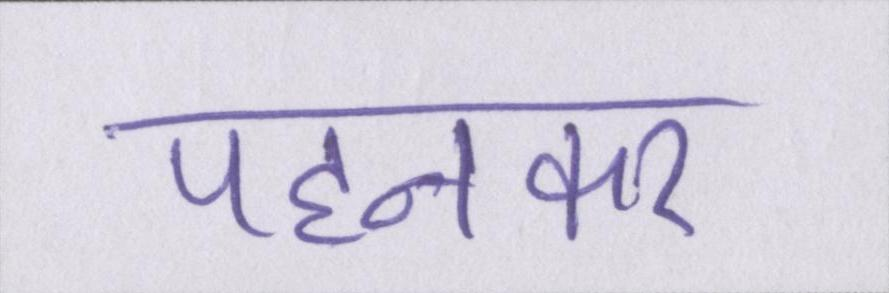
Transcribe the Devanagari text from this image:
पहनकर